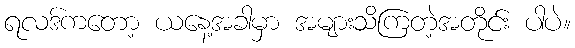
ရလဒ်ကတော့ ယနေ့အခါမှာ အများသိကြတဲ့အတိုင်း ပါပဲ။